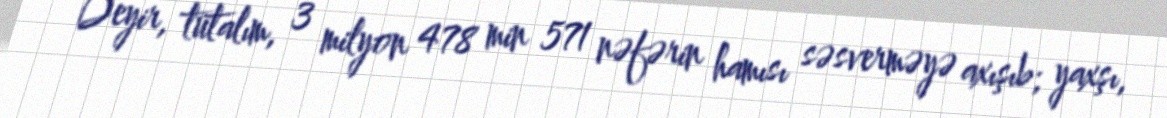
Deyir, tutalım, 3 milyon 478 min 571 nəfərin hamısı səsverməyə axışıb; yaxşı,